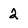
Character: 2